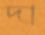
দা